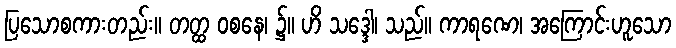
ပြသောစကားတည်း။ တတ္ထ ဝစနေ၊ ၌။ ဟိ သဒ္ဒေါ၊ သည်။ ကာရဏေ၊ အကြောင်းဟူသော